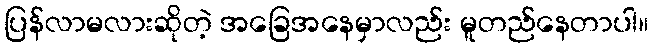
ပြန်လာမလားဆိုတဲ့ အခြေအနေမှာလည်း မူတည်နေတာပါ။